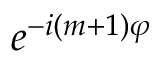
e ^ { - i ( m + 1 ) \varphi }